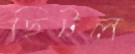
ছিটল